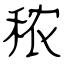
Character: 秾